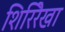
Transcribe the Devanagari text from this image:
शिरिरेखा